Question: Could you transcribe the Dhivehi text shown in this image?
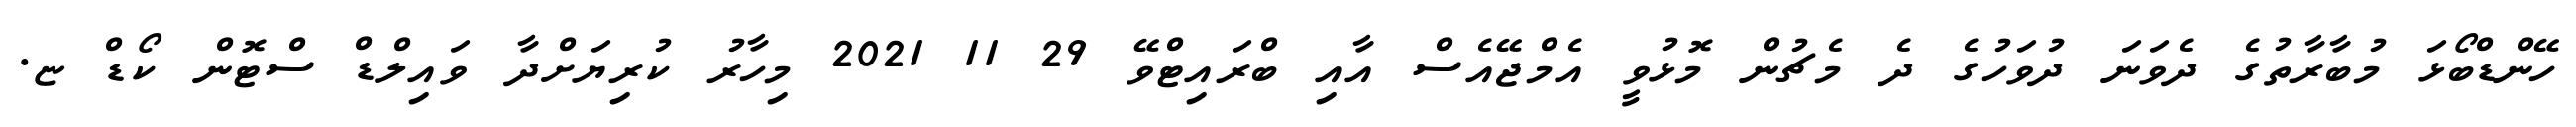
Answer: ހޭންޑްބޯޅަ މުބާރާތުގެ ދެވަނަ ދުވަހުގެ ދެ މެޗުން މޮޅުވީ އެމްޖޭއެސް އާއި ބްރައިޓްވޭ 29 11 2021 މިހާރު ކުރިޔަށްދާ ވައިލްޑް ސްޓޮން ކޯޑް ޏ.